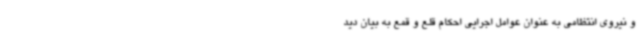
و نیروی انتظامی به عنوان عوامل اجرایی احکام قلع و قمع به بیان دید